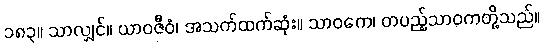
၁၈၃။ သာလျှင်။ ယာဝဇီဝံ၊ အသက်ထက်ဆုံး။ သာဝကေ၊ တပည့်သာဝကတို့သည်။